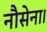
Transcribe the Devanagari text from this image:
नौसेना।